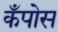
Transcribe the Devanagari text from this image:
कँपोस